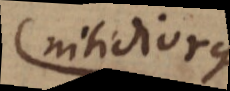
nitidiorque